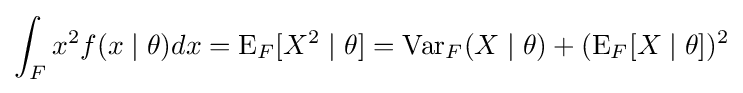
\int _{F}x^{2}f(x\mid \theta )dx=\operatorname {E} _{F}[X^{2}\mid \theta ]=\operatorname {Var} _{F}(X\mid \theta )+(\operatorname {E} _{F}[X\mid \theta ])^{2}